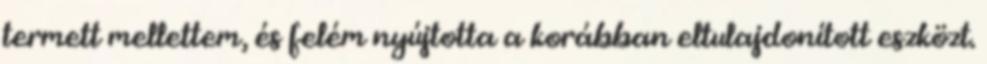
termett mellettem, és felém nyújtotta a korábban eltulajdonított eszközt.